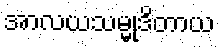
အာလယသမ္မုဒိတာယ